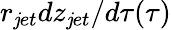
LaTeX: r_{\mathit{j}et}dz_{\mathit{j}et}/d\tau(\tau)